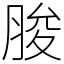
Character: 脧